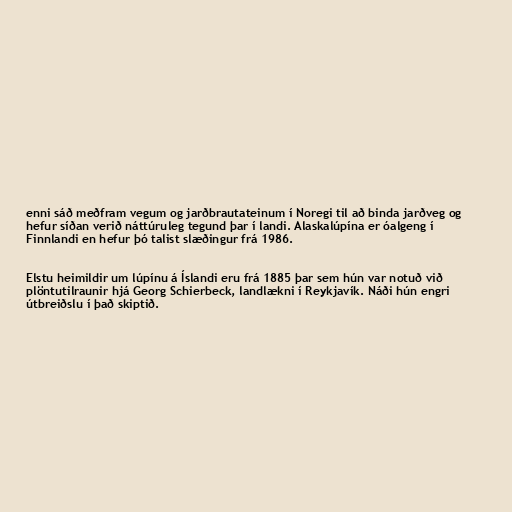
enni sáð meðfram vegum og jarðbrautateinum í Noregi til að binda jarðveg og
hefur síðan verið náttúruleg tegund þar í landi. Alaskalúpína er óalgeng í
Finnlandi en hefur þó talist slæðingur frá 1986.

Elstu heimildir um lúpínu á Íslandi eru frá 1885 þar sem hún var notuð við
plöntutilraunir hjá Georg Schierbeck, landlækni í Reykjavík. Náði hún engri
útbreiðslu í það skiptið.